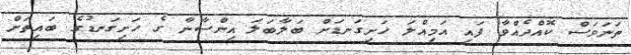
ތަނަވަސް ކޮއްދެއްވާ ފައި އަމިއްލަ ހަށިގަނޑަށް ބަލާބަލަ އިންސާނާ ގެ ހަށިގަނޑުގެ ބައިތަށް